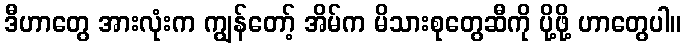
ဒီဟာတွေ အားလုံးက ကျွန်တော့် အိမ်က မိသားစုတွေဆီကို ပို့ဖို့ ဟာတွေပါ။